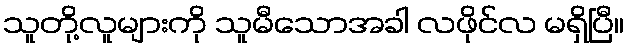
သူတို့လူများကို သူမီသောအခါ လဖိုင်လ မရှိပြီ။